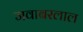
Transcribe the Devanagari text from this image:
जवाबरलाल